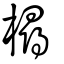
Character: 樳